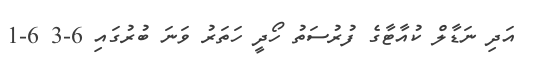
އަދި ނަޑާލް ކުއާޓާގެ ފުރުސަތު ހޯދީ ހަތަރު ވަނަ ބުރުގައި 6-3 6-1